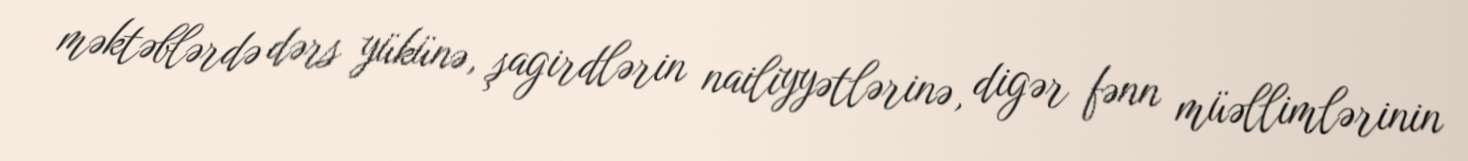
məktəblərdə dərs yükünə, şagirdlərin nailiyyətlərinə, digər fənn müəllimlərinin